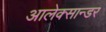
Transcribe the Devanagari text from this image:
आलेक्सान्डर